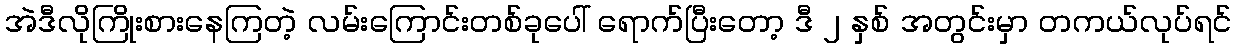
အဲဒီလိုကြိုးစားနေကြတဲ့ လမ်းကြောင်းတစ်ခုပေါ် ရောက်ပြီးတော့ ဒီ ၂ နှစ် အတွင်းမှာ တကယ်လုပ်ရင်